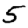
Digit: 5